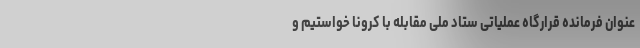
عنوان فرمانده قرارگاه عملیاتی ستاد ملی مقابله با کرونا خواستیم و